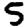
Digit: 5